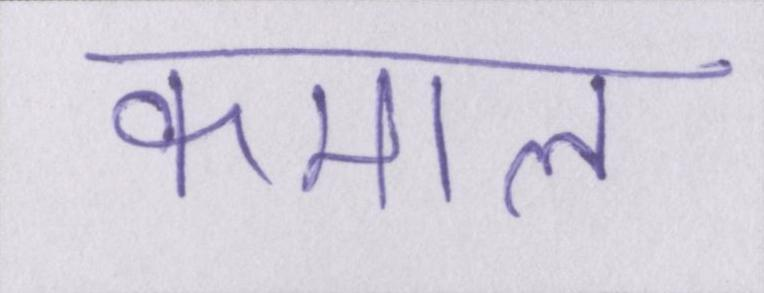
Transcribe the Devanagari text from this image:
कमाल